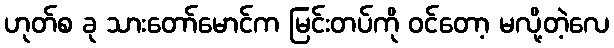
ဟုတ်စ ခု သားတော်မောင်က မြင်းတပ်ကို ဝင်တော့ မလို့တဲ့လေ